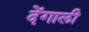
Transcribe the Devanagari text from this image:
देंगाली